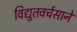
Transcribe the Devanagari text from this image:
विद्युतवर्चसाने